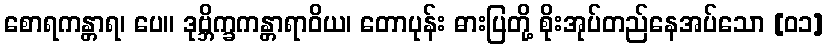
စောရကန္တာရ၊ ပေ။ ဒုဗ္ဘိက္ခကန္တာရာဝိယ၊ တောပုန်း ဓားပြတို့ စိုးအုပ်တည်နေအပ်သော [၀၁]